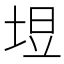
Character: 𪣙